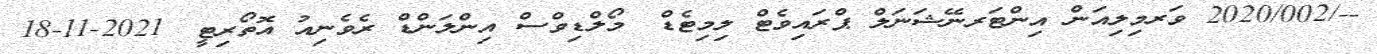
--/2020/002 ވަރމިލިއަން އިންޓަރނޭޝަނަލް ޕްރައިވެޓް ލިމިޓެޑް	 މޯލްޑިވްސް އިންލަންޑް ރެވެނިއު އޮތޯރިޓީ	 2021-11-18